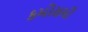
કમોસમી